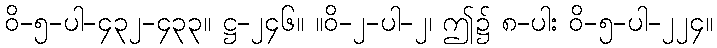
ဝိ-၅-ပါ-၄၃၂-၄၃၃။ ဋ္ဌ-၂၄၆။ ။ဝိ-၂-ပါ-၂၊ ဤ၌ ၈-ပါး ဝိ-၅-ပါ-၂၂၄။